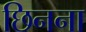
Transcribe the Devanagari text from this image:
छिनना